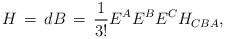
LaTeX: \begin{align*}H \,=\,dB \,=\,\frac{1}{3!} E^A E^B E^C H_{CBA},\end{align*}